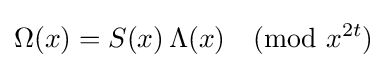
\Omega (x)=S(x)\,\Lambda (x){\pmod {x^{2t}}}